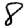
Digit: 8